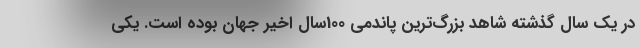
در یک سال گذشته شاهد بزرگ‌ترین پاندمی 100سال اخیر جهان بوده است. یکی